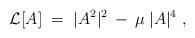
LaTeX: \begin{align*}{\cal{L}}[A] \;=\; |A^2|^2 \:-\: \mu \:|A|^4 \;, \end{align*}